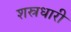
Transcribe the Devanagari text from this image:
शस्रधारी